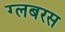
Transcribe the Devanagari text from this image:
ग्लबरस